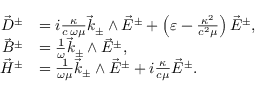
\begin{array} { r l } { \vec { D } ^ { \pm } } & { = i \frac { \kappa } { c \, \omega \mu } \vec { k } _ { \pm } \wedge \vec { E } ^ { \pm } + \left( \varepsilon - \frac { \kappa ^ { 2 } } { c ^ { 2 } \mu } \right) \vec { E } ^ { \pm } , } \\ { \vec { B } ^ { \pm } } & { = \frac { 1 } { \omega } \vec { k } _ { \pm } \wedge \vec { E } ^ { \pm } , } \\ { \vec { H } ^ { \pm } } & { = \frac { 1 } { \omega \mu } \vec { k } _ { \pm } \wedge \vec { E } ^ { \pm } + i \frac { \kappa } { c \mu } \vec { E } ^ { \pm } . } \end{array}